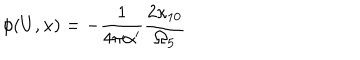
LaTeX: \phi ( U , x ) = - \frac { 1 } { 4 \pi \alpha ^ { \prime } } \frac { 2 \kappa _ { 1 0 } } { \Omega _ { 5 } }